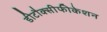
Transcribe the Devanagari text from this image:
डीटौक्सीफीकेशन